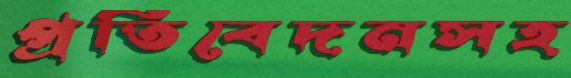
প্রতিবেদনসহ